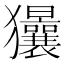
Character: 𱮱